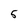
Character: 5